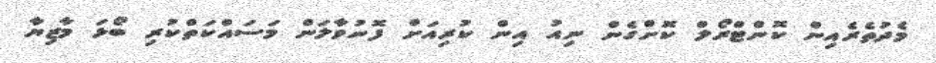
މެދުތެރެއިން ކޮންޓްރޯލް ކޮށްގެން ނިއު އިން ކުރިއަށް ފޮނުވާލަން މަސައްކަތްކުރި ބޯޅަ މާޒިޔާ